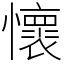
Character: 懷